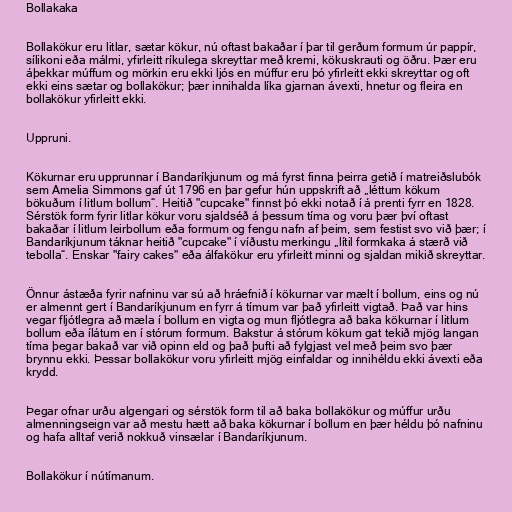
Bollakaka

Bollakökur eru litlar, sætar kökur, nú oftast bakaðar í þar til gerðum formum úr pappír,
sílikoni eða málmi, yfirleitt ríkulega skreyttar með kremi, kökuskrauti og öðru. Þær eru
áþekkar múffum og mörkin eru ekki ljós en múffur eru þó yfirleitt ekki skreyttar og oft
ekki eins sætar og bollakökur; þær innihalda líka gjarnan ávexti, hnetur og fleira en
bollakökur yfirleitt ekki.

Uppruni.

Kökurnar eru upprunnar í Bandaríkjunum og má fyrst finna þeirra getið í matreiðslubók
sem Amelia Simmons gaf út 1796 en þar gefur hún uppskrift að „léttum kökum
bökuðum í litlum bollum“. Heitið "cupcake" finnst þó ekki notað í á prenti fyrr en 1828.
Sérstök form fyrir litlar kökur voru sjaldséð á þessum tíma og voru þær því oftast
bakaðar í litlum leirbollum eða formum og fengu nafn af þeim, sem festist svo við þær; í
Bandaríkjunum táknar heitið "cupcake" í víðustu merkingu „lítil formkaka á stærð við
tebolla“. Enskar "fairy cakes" eða álfakökur eru yfirleitt minni og sjaldan mikið skreyttar.

Önnur ástæða fyrir nafninu var sú að hráefnið í kökurnar var mælt í bollum, eins og nú
er almennt gert í Bandaríkjunum en fyrr á tímum var það yfirleitt vigtað. Það var hins
vegar fljótlegra að mæla í bollum en vigta og mun fljótlegra að baka kökurnar í litlum
bollum eða ílátum en í stórum formum. Bakstur á stórum kökum gat tekið mjög langan
tíma þegar bakað var við opinn eld og það þufti að fylgjast vel með þeim svo þær
brynnu ekki. Þessar bollakökur voru yfirleitt mjög einfaldar og innihéldu ekki ávexti eða
krydd.

Þegar ofnar urðu algengari og sérstök form til að baka bollakökur og múffur urðu
almenningseign var að mestu hætt að baka kökurnar í bollum en þær héldu þó nafninu
og hafa alltaf verið nokkuð vinsælar í Bandaríkjunum.

Bollakökur í nútímanum.